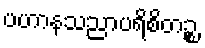
ပဟာနသညာပရိစိတဉ္စ